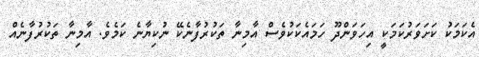
އެކަމަކު ކަށަވަރުކަމަކީ އިހަވަންދޫ ހަމައެކަކުވެސް އާމިނާ ތަކުރުފާނެކޭ ނުކިޔާނެ ކަމެވެ. އާމިނާ ތަކުރުފާނެއް